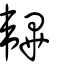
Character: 韠